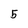
Character: 5